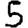
Digit: 5